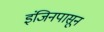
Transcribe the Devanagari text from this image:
इंजिनपासून